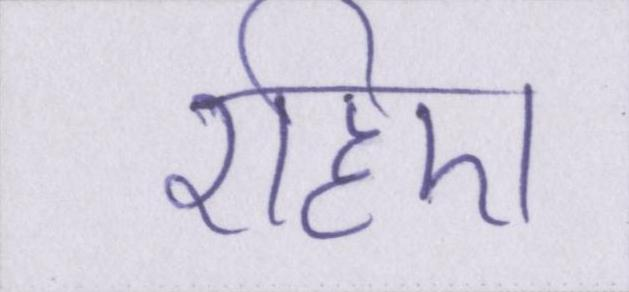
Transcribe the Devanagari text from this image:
रहिए